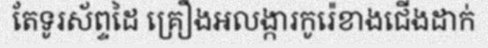
តែទូរស័ព្ទដៃ គ្រឿងអលង្ការកូរ៉េខាងជើងដាក់